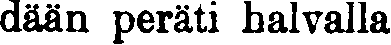
dään peräti halvalla